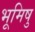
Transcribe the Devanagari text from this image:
भूमिषु